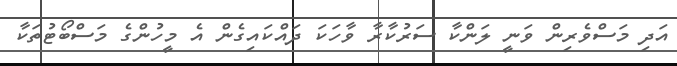
އަދި މަސްވެރިން ވަނީ ލަންކާ ސަރުކާރާ ވާހަކަ ދައްކައިގެން އެ މީހުންގެ މަސްބޯޓުތަކާ